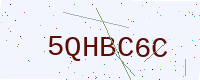
Text: 5QHBC6C